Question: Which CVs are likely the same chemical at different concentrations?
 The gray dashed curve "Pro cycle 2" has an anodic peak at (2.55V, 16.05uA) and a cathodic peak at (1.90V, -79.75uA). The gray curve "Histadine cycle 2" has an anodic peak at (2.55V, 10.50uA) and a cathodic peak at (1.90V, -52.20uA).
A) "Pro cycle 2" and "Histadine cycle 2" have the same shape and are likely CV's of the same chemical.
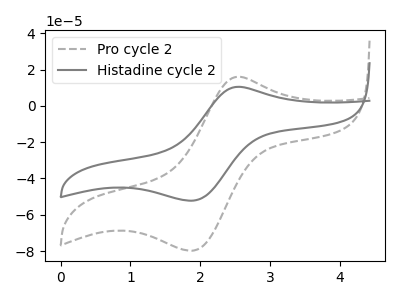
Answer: <think>All the peaks in "Pro cycle 2" have a peak in "Histadine cycle 2" at the same potential. Every peak in "Pro cycle 2" is higher than every peak in "Histadine cycle 2".
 </think>
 <answer>A) "Pro cycle 2" and "Histadine cycle 2" have the same shape and are likely CV's of the same chemical.</answer>
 <eval>A</eval>